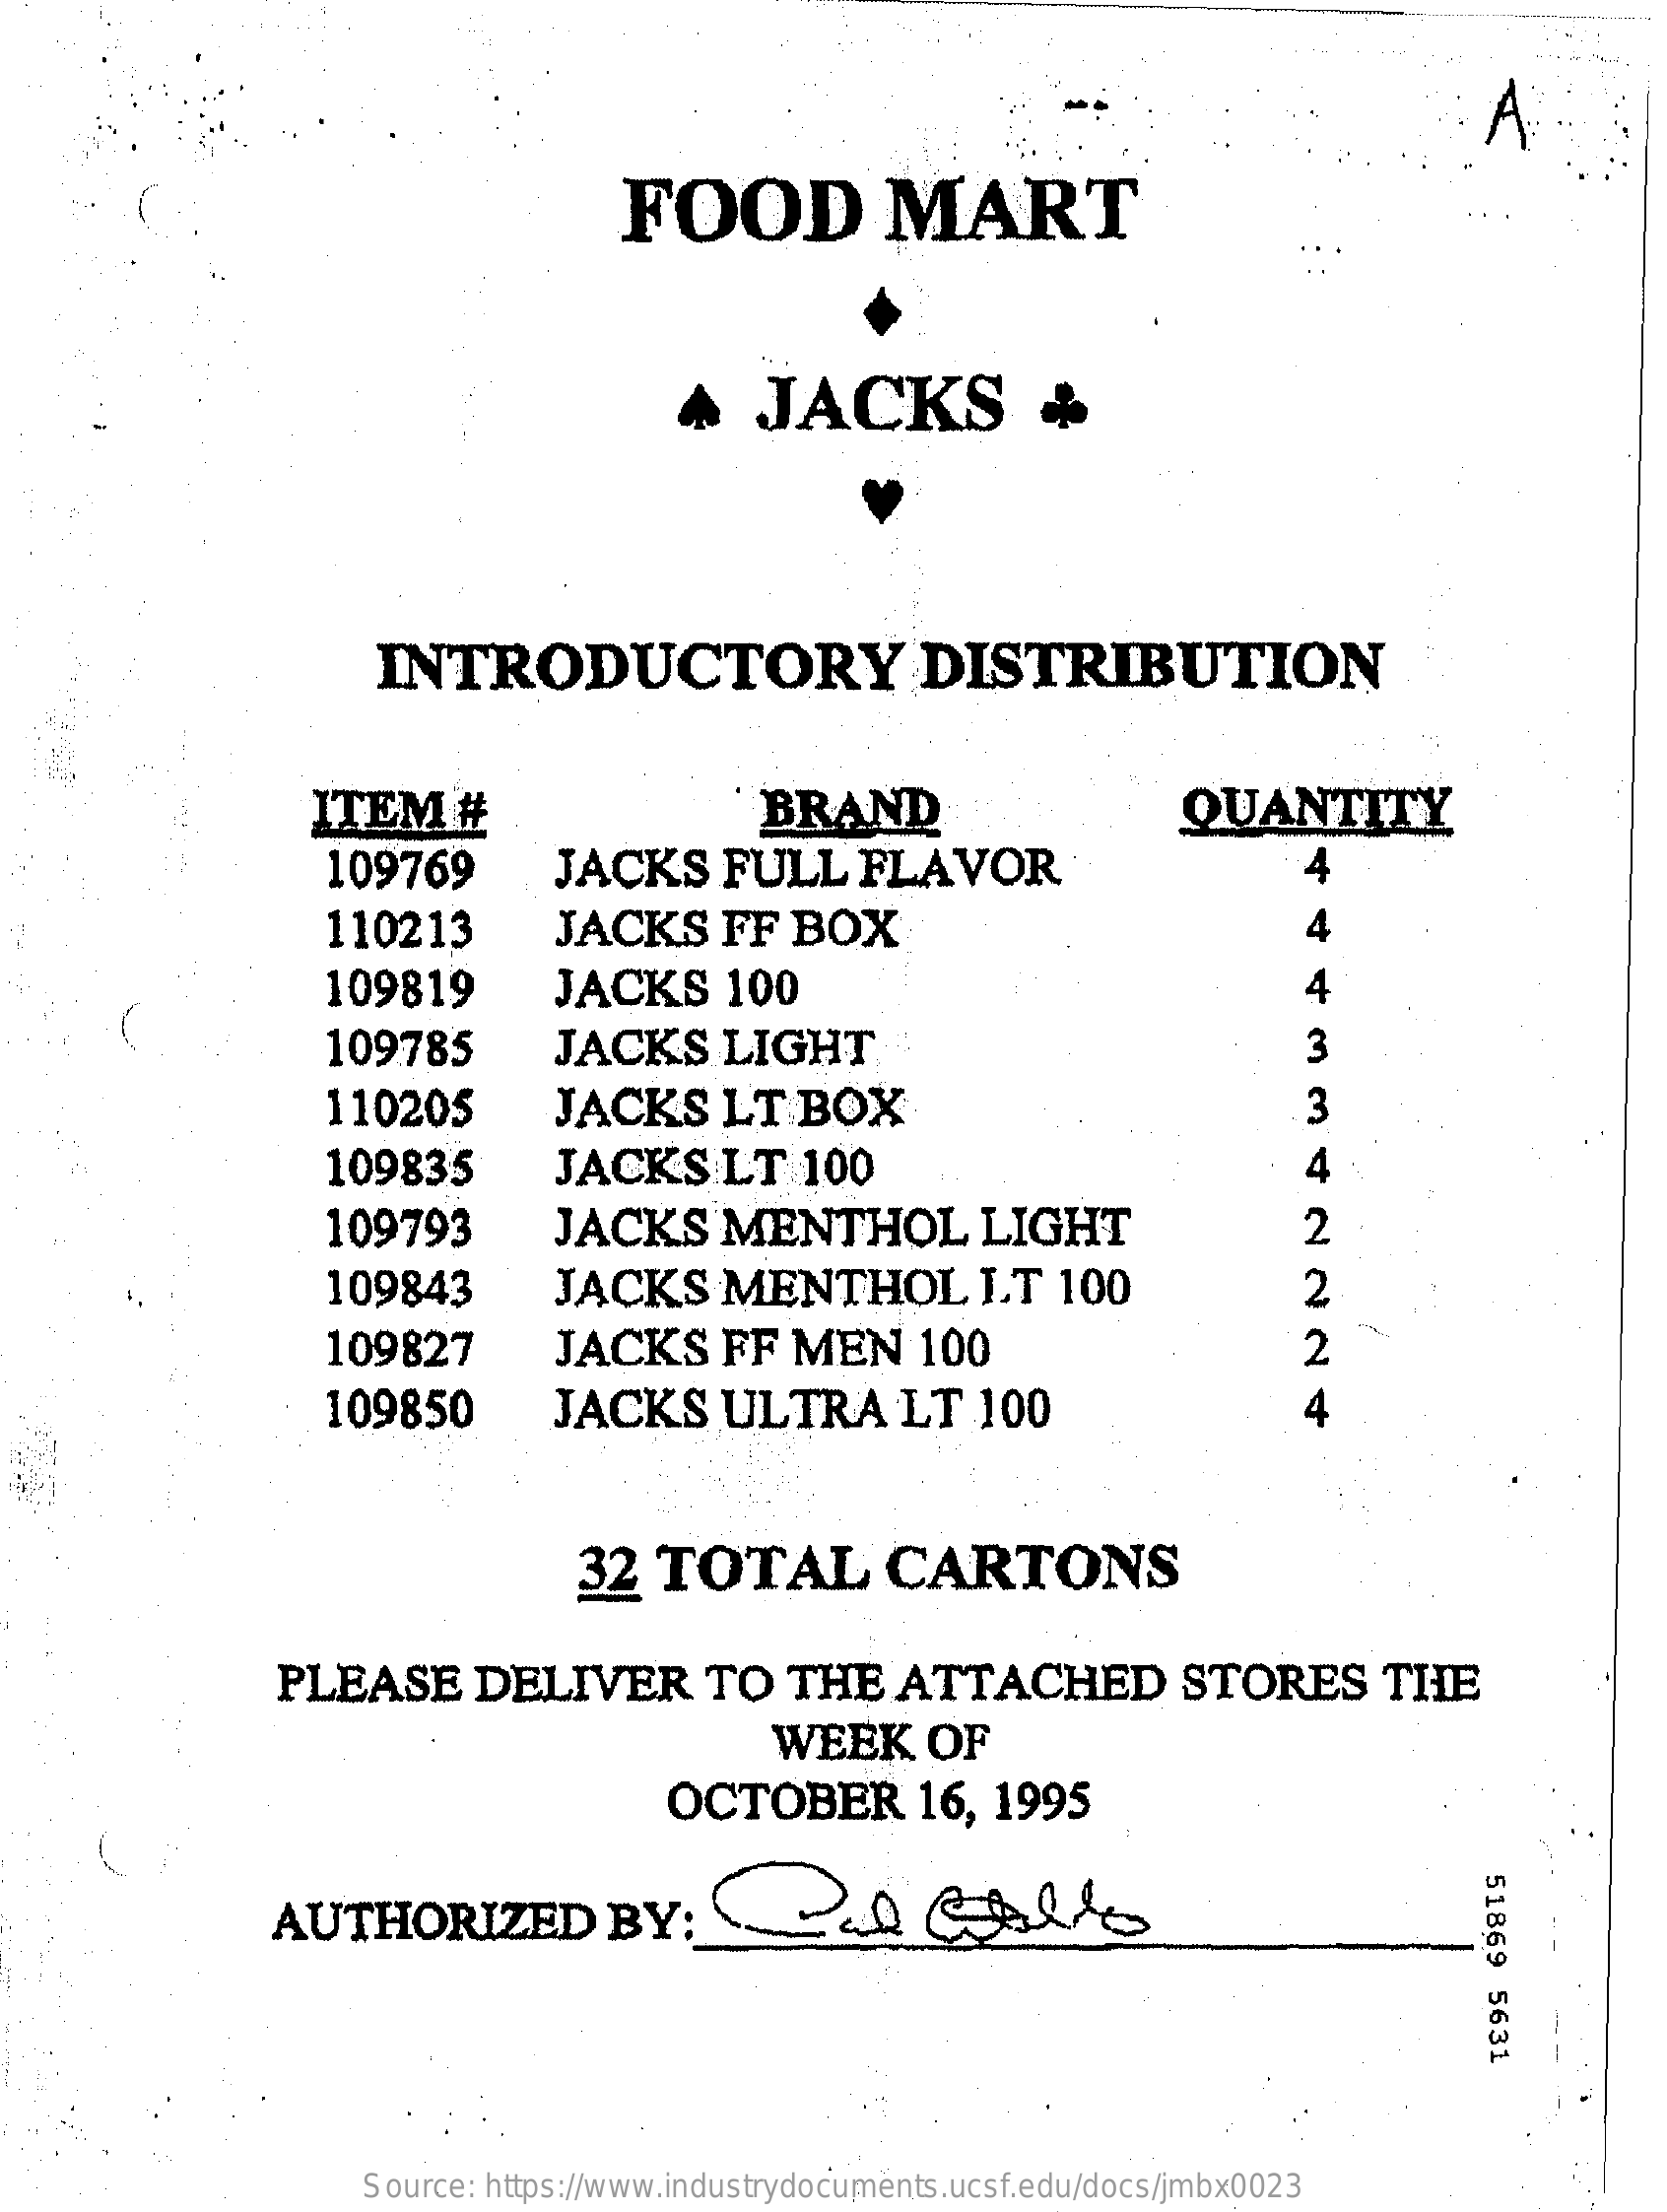
A
     FOOD    MART
     ^   JACKS    ¢
     INTRODUCTORY    DISTRIBUTION
     ITEM    #    BRAND    QUANTITY
     109769    JACKS    FULL    FLAVOR    4
     110213    JACKS    FF   BOX    4
     109819    JACKS    100    4
     109785    JACKS    LIGHT    3
     110205    JACKS    LT   BOX    3
     109835    JACKS    LT    100    4
     109793    JACKS    MENTHOL    LIGHT    2
     109843    JACKS    MENTHOL    L.T  100    2
     109827    JACKS    FF   MEN    100    2
     109850    JACKS    ULTRA    LT   100    4
     32  TOTAL    CARTONS
     PLEASE    DELIVER    TO    THE    ATTACHED    STORES    THE
     WEEK    OF
     OCTOBER    16,  1995
     51869
     5631
     AUTHORIZED    BY:
     Source: https://www.industrydocuments.ucsf.edu/docs/jmbx0023